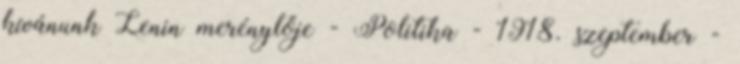
kívánunk Lenin merénylője - Politika - 1918. szeptember -